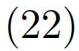
$(22)$